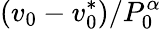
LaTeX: (v_{0}-v_{0}^{*})/P_{0}^{\alpha}